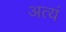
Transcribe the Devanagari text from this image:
अत्यं